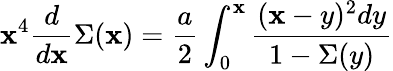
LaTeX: \mathbf{x}^{4}{\frac{{d}}{{d\mathbf{x}}}}\Sigma(\mathbf{x})={\frac{{a}}{{2}}}\int_{0}^{\mathbf{x}}{\frac{{(\mathbf{x}-y)^{2}dy}}{{1-\Sigma(y)}}}